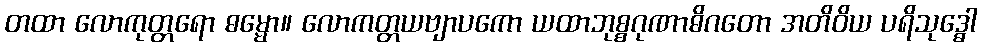
တထာ လောကုတ္တရော ဓမ္မော။ လောကတ္တယဗျာပကော ယထာဘုစ္စဂုဏာဓိဂတော အတိဝိယ ပရိသုဒ္ဓေါ